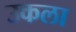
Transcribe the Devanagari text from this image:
उकला